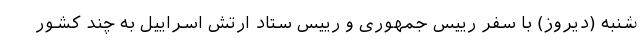
شنبه (دیروز) با سفر رییس جمهوری و رییس ستاد ارتش اسراییل به چند کشور